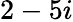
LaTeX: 2-5i